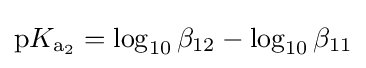
{\mathrm {p} }K_{\mathrm {a} {\vphantom {A}}_{\smash[{t}]{2}}}=\log _{10}\beta _{12}-\log _{10}\beta _{11}